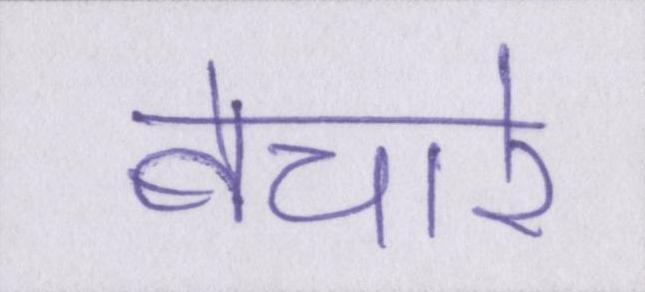
बेचारे